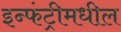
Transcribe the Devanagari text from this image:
इन्फंट्रीमधील